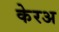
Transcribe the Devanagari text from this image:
केरअ